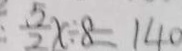
\frac { 5 } { 2 } x \div 8 = 1 4 0